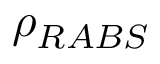
\rho _ { R A B S }